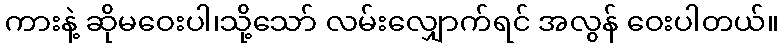
ကားနဲ့ ဆိုမဝေးပါ၊သို့သော် လမ်းလျှောက်ရင် အလွန် ဝေးပါတယ်။